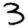
Digit: 3